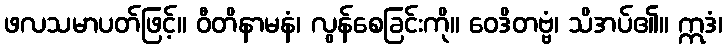
ဖလသမာပတ်ဖြင့်။ ဝီတိနာမနံ၊ လွန်စေခြင်းကို။ ဝေဒိတဗ္ဗံ၊ သိအပ်၏။ ဣဒံ၊